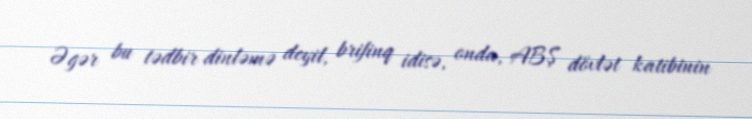
Əgər bu tədbir dinləmə deyil, brifinq idisə, onda, ABŞ dövlət katibinin